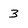
Character: 3